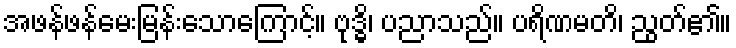
အဖန်ဖန်မေးမြန်းသောကြောင့်။ ဗုဒ္ဓိ၊ ပညာသည်။ ပရိဏမတိ၊ ညွတ်၏။